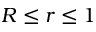
R \leq r \leq 1